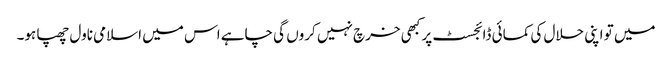
میں تو اپنی حلال کی کمائی ڈائجسٹ پر کبھی خرچ نہیں کروں گی چاہے اس میں اسلامی ناول چھپا ہو۔